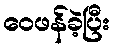
ဝေဖန်ခဲ့ပြီး